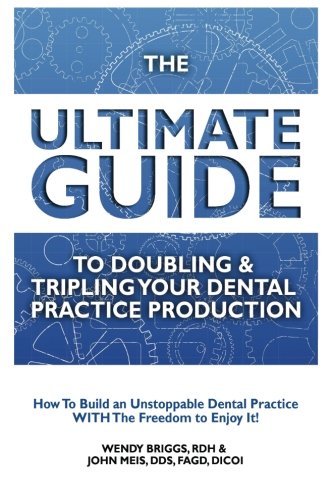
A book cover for The Ultimate Guide To Doubling & Tripling Your Dental Practice Production: How To Builid An Unstoppable Dentist Practice With The Freedom To Enjoy It!; RDH, Wendy Briggs; Medical Books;